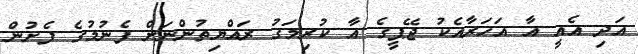
އަދި އެއީ އާ އަހަރާއެކު ޖޭޕީގެ އާ ކުރިމަގު ރައްޔިތުންނަށް ފެނުމުގެ ފެށުން